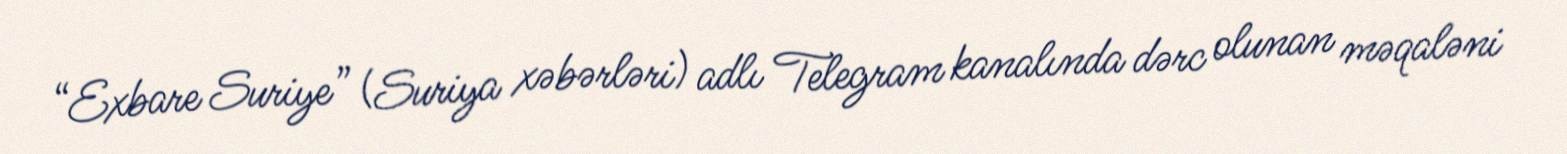
“Exbare Suriye” (Suriya xəbərləri) adlı Telegram kanalında dərc olunan məqaləni